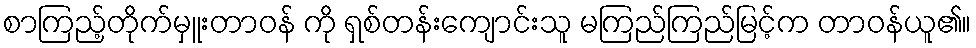
စာကြည့်တိုက်မှူးတာဝန် ကို ရှစ်တန်းကျောင်းသူ မကြည်ကြည်မြင့်က တာဝန်ယူ၏။